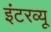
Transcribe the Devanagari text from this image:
इंटरव्‍यू